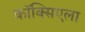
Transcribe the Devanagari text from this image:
कॉक्सिएला